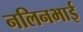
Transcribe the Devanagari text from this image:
नलिनभाई